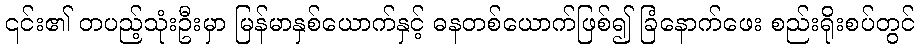
၎င်း၏ တပည့်သုံးဦးမှာ မြန်မာနှစ်ယောက်နှင့် ဓနတစ်ယောက်ဖြစ်၍ ခြံနောက်ဖေး စည်းရိုးစပ်တွင်